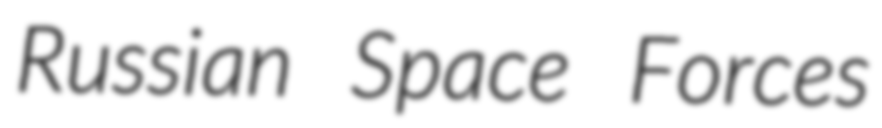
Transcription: Russian Space Forces